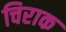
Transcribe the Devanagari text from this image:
चिराक